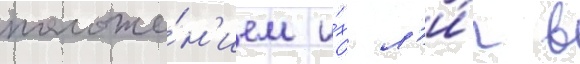
положе́н'ием и́х л'и́г в